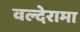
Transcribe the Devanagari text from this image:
वल्देरामा